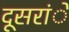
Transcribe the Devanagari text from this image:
दूसरांे